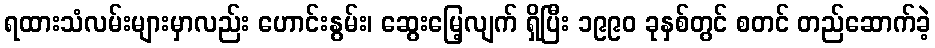
ရထားသံလမ်းများမှာလည်း ဟောင်းနွမ်း၊ ဆွေးမြေ့လျက် ရှိပြီး ၁၉၉၀ ခုနှစ်တွင် စတင် တည်ဆောက်ခဲ့